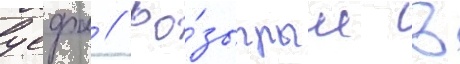
уефа // Ро́зыгрыш в